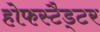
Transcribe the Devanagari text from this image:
होफस्टैड्टर